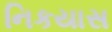
નિકયાસ